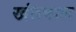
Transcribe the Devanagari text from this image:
खंतवाल